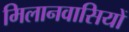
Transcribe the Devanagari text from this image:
मिलानवासियों